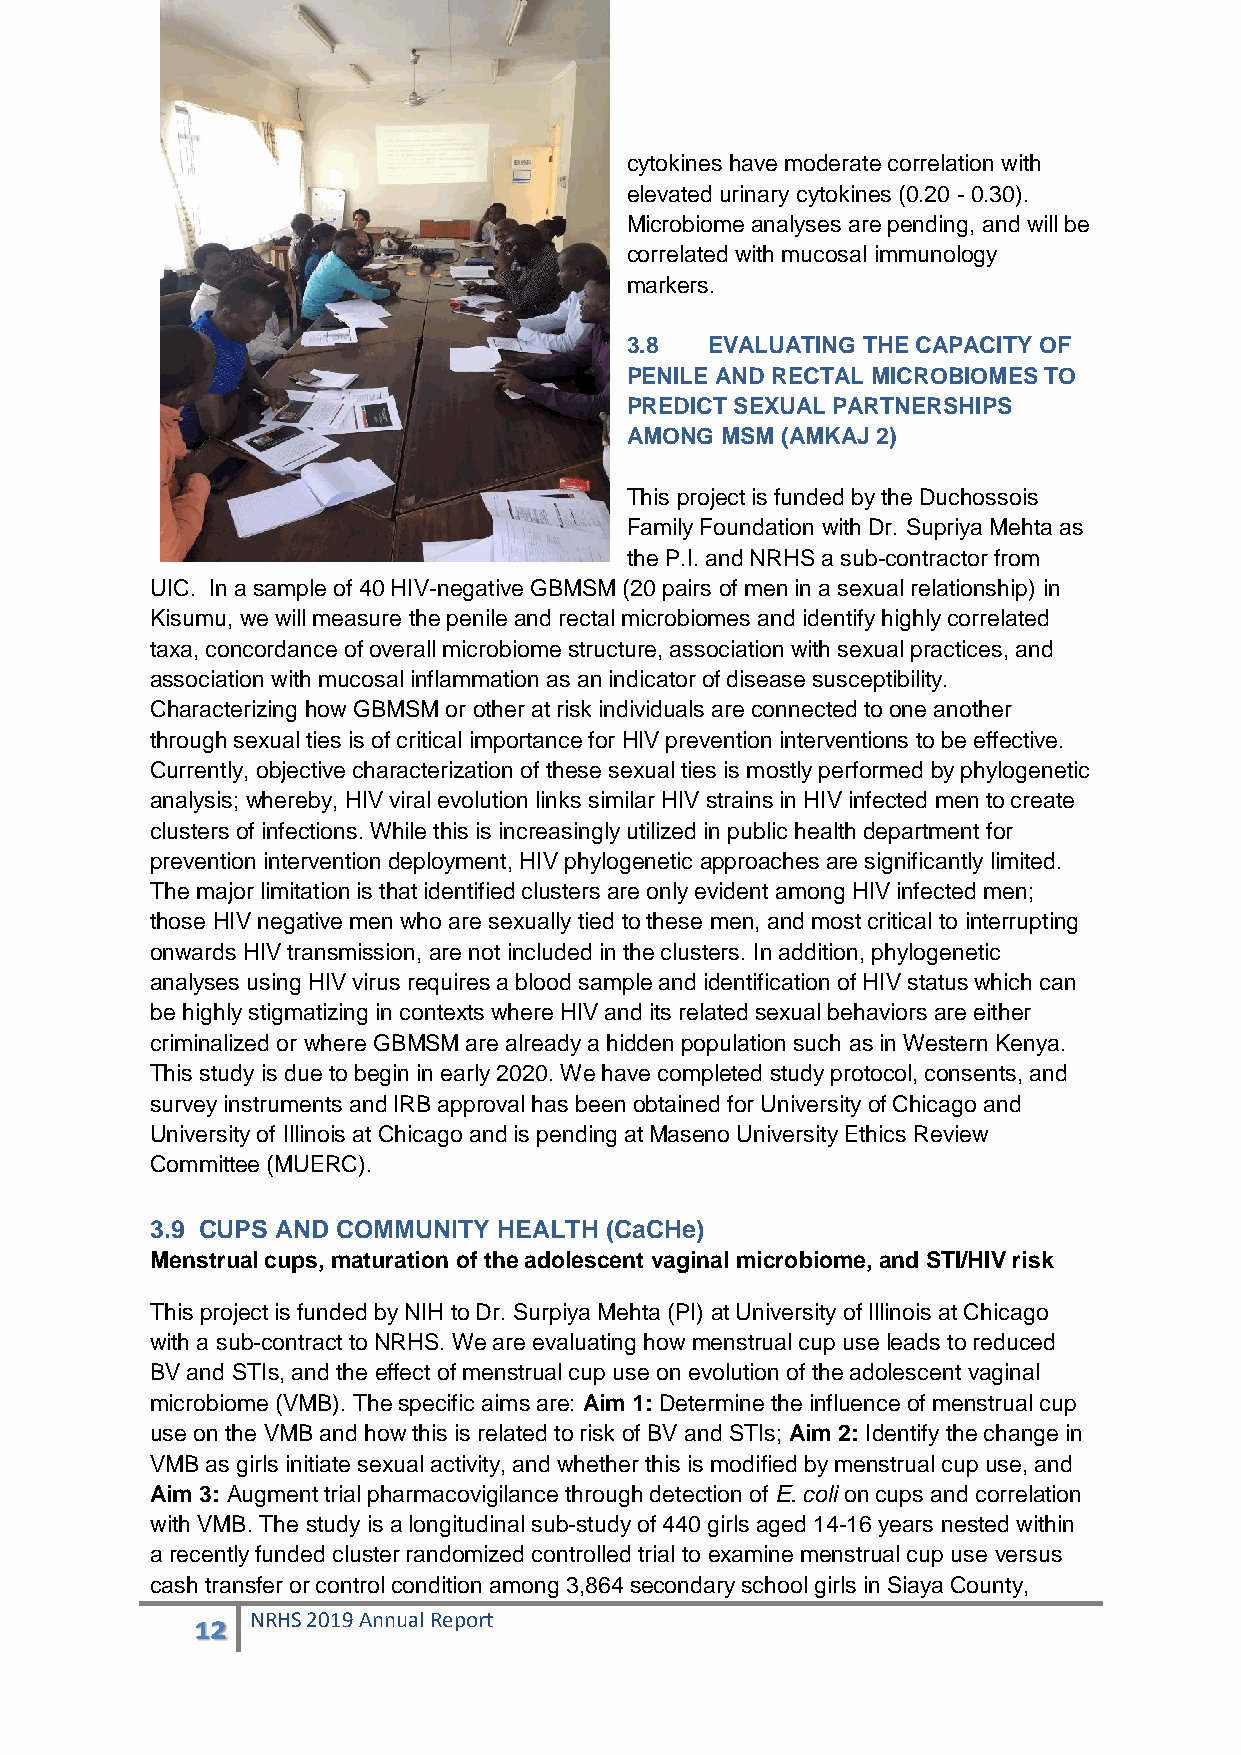
cytokines have moderate correlation with
 elevated urinary cytokines (0.20 - 0.30).
 Microbiome analyses are pending, and will be
 correlated with mucosal immunology
 markers.
 3.8   EVALUATING THE CAPACITY OF
 PENILE AND RECTAL MICROBIOMES TO
 PREDICT SEXUAL PARTNERSHIPS
 AMONG  MSM (AMKAJ 2)
 This project is funded by the Duchossois
 Family Foundation with Dr. Supriya Mehta as
 the P.I. and NRHS a sub-contractor from
 UIC. In a sample of 40 HIV-negative GBMSM (20 pairs of men in a sexual relationship) in
 Kisumu, we will measure the penile and rectal microbiomes and identify highly correlated
 taxa, concordance of overall microbiome structure, association with sexual practices, and
 association with mucosal inflammation as an indicator of disease susceptibility.
 Characterizing how GBMSM or other at risk individuals are connected to one another
 through sexual ties is of critical importance for HIV prevention interventions to be effective.
 Currently, objective characterization of these sexual ties is mostly performed by phylogenetic
 analysis; whereby, HIV viral evolution links similar HIV strains in HIV infected men to create
 clusters of infections. While this is increasingly utilized in public health department for
 prevention intervention deployment, HIV phylogenetic approaches are significantly limited.
 The major limitation is that identified clusters are only evident among HIV infected men;
 those HIV negative men who are sexually tied to these men, and most critical to interrupting
 onwards HIV transmission, are not included in the clusters. In addition, phylogenetic
 analyses using HIV virus requires a blood sample and identification of HIV status which can
 be highly stigmatizing in contexts where HIV and its related sexual behaviors are either
 criminalized or where GBMSM are already a hidden population such as in Western Kenya.
 This study is due to begin in early 2020. We have completed study protocol, consents, and
 survey instruments and IRB approval has been obtained for University of Chicago and
 University of Illinois at Chicago and is pending at Maseno University Ethics Review
 Committee (MUERC).
 3.9 CUPS AND COMMUNITY HEALTH (CaCHe)
 Menstrual cups, maturation of the adolescent vaginal microbiome, and STI/HIV risk
 This project is funded by NIH to Dr. Surpiya Mehta (PI) at University of Illinois at Chicago
 with a sub-contract to NRHS. We are evaluating how menstrual cup use leads to reduced
 BV and STIs, and the effect of menstrual cup use on evolution of the adolescent vaginal
 microbiome (VMB). The specific aims are: Aim 1: Determine the influence of menstrual cup
 use on the VMB and how this is related to risk of BV and STIs; Aim 2: Identify the change in
 VMB as girls initiate sexual activity, and whether this is modified by menstrual cup use, and
 Aim 3: Augment trial pharmacovigilance through detection of E. coli on cups and correlation
 with VMB. The study is a longitudinal sub-study of 440 girls aged 14-16 years nested within
 a recently funded cluster randomized controlled trial to examine menstrual cup use versus
 cash transfer or control condition among 3,864 secondary school girls in Siaya County,
 12  NRHS 2019 Annual Report